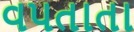
વપતાતા